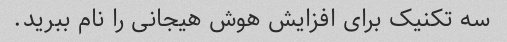
سه تکنیک برای افزایش هوش هیجانی را نام ببرید.